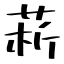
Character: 菥